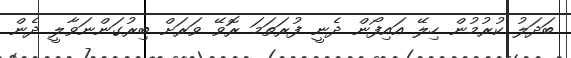
ބަދަލު ކުރުމުން ހިލޭ އައިފޯން ދެނީ ފުރަތަމަ ރޮވޭ ވަރަށް ބިރުގަންނަވާލީ ދެން